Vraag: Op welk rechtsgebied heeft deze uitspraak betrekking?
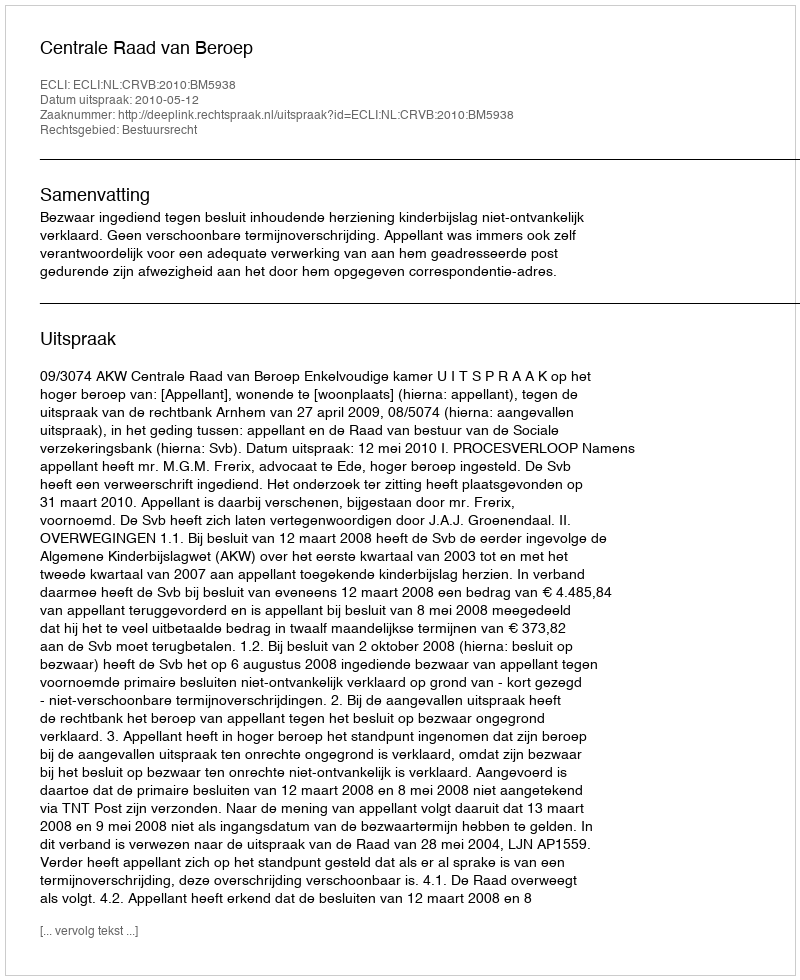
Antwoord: Bestuursrecht